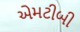
એમટીબી